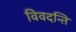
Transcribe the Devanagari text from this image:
विवदन्ति